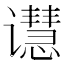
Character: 𬤭